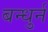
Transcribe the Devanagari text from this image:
बन्धुर्न